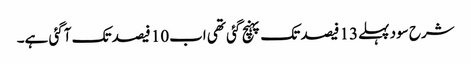
شرح سود پہلے13 فیصد تک پہنچ گئی تھی اب10 فیصد تک آگئی ہے۔